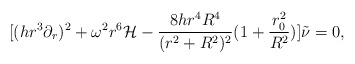
\begin{align*}[(h r^3 \partial_{r})^2 + \omega^2 r^6 {\mathcal H} - \frac{8 h r^4 R^4}{(r^2 + R^2)^2} ( 1 + \frac{r_{0}^2}{R^2})] \tilde{\nu} = 0,\end{align*}